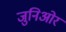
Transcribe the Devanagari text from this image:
जुनिओर